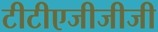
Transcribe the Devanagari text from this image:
टीटीएजीजीजी